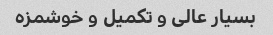
بسیار عالی و تکمیل و خوشمزه